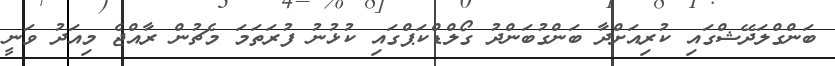
ބަންގްލަދޭޝްގައި ކުރިއަށްދާ ބަންގުބަންދު ގޯލްޑްކަޕްގައި ކުޅުނު ފުރަތަމަ މެޗުން ރާއްޖެ މިއަދު ވަނީ